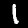
Label: 1